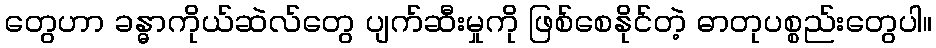
တွေဟာ ခန္ဓာကိုယ်ဆဲလ်တွေ ပျက်ဆီးမှုကို ဖြစ်စေနိုင်တဲ့ ဓာတုပစ္စည်းတွေပါ။